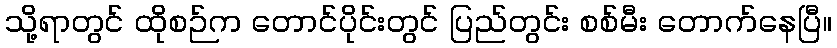
သို့ရာတွင် ထိုစဉ်က တောင်ပိုင်းတွင် ပြည်တွင်း စစ်မီး တောက်နေပြီ။